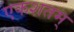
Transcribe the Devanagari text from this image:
एकशतम्